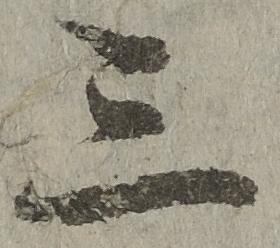
三